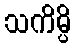
သကိမ္ပိ